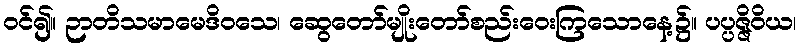
ဝင်၍။ ဉာတိသမာမေဒိဝသေ၊ ဆွေတော်မျိုးတော်စည်းဝေးကြသောနေ့၌။ ပပ္ပဇ္ဇိဝိယ၊